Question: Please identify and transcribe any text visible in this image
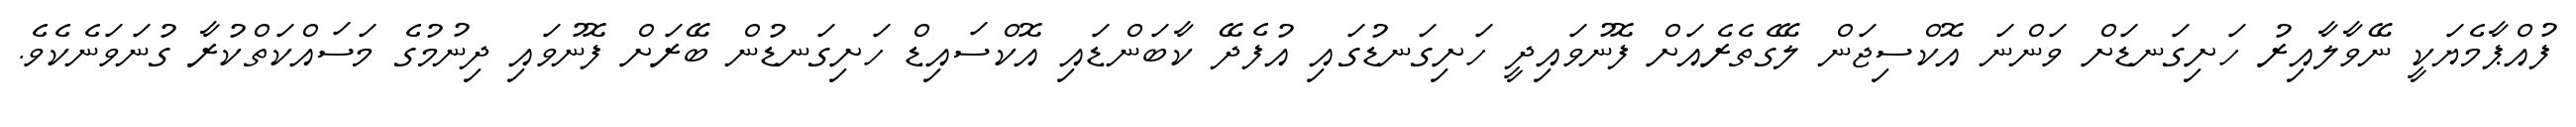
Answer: ފުއްޕާމެޔަކީ ނޭވާލާއިރު ހަށިގަނޑަށް ވަންނަ އޮކްސިޖަން ލޭގެތެރެއަށް ފޮނުވައިދީ ހަށިގަނޑުގައި އުފެދޭ ކާބަންޑައި އޮކްސައިޑް ހަށިގަނޑުން ބޭރަށް ފޮނުވައި ދިނުމުގެ މަސައްކަތްކުރާ ގުނަވަނެކެވެ.